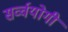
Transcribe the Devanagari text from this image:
सर्व्वयोगी